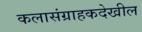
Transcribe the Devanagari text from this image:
कलासंग्राहकदेखील